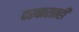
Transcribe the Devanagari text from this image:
दरबारातही